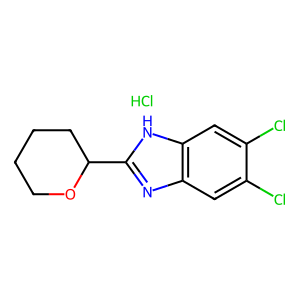
SMILES: Cl.Clc1cc2nc(C3CCCCO3)[nH]c2cc1Cl
Inhibits HIV replication: No